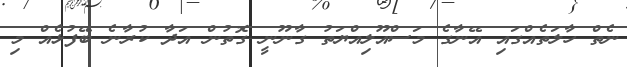
ނެތް ހާލަތެއްގައި އޭނާގެ މަސްއޫލިއްޔަތު ގާނޫނީ ގޮތުން އަދާ ކުރާނެ ބޭފުޅެއް މި